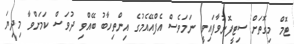
ޓޮމް މިގޮތަށް ސިޓީފޮނުވާފައިވީ ނަމަވެސް އެފްއޭއެމުގެ އިންތިހާބު ބޭއްވި ދުވަސް ކަމަށްވާ މިދިޔަ